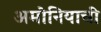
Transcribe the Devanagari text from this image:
अमोनियाची